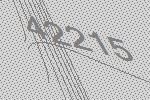
42215